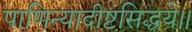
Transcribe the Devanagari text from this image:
पाणिन्यादीष्टसिद्धये॥